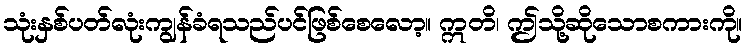
သုံးနှစ်ပတ်လုံးကျွန်ခံရသည်ပင်ဖြစ်စေလော့။ ဣတိ၊ ဤသို့ဆိုသောစကားကို။